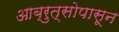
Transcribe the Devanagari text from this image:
आब्रुत्सोपासून